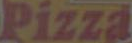
Pizza